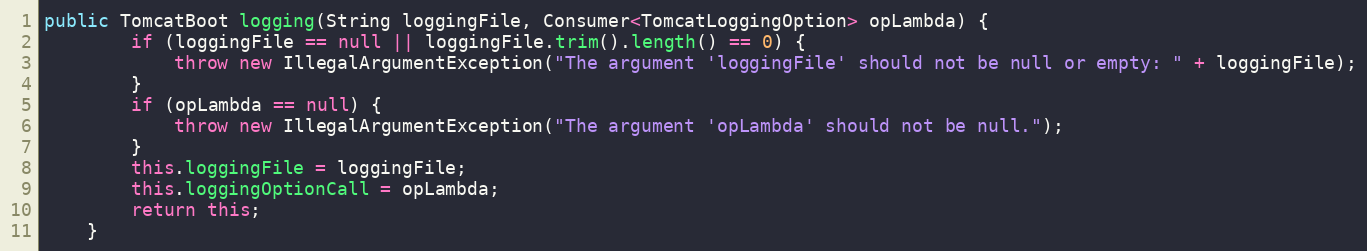
Language: Java
public TomcatBoot logging(String loggingFile, Consumer<TomcatLoggingOption> opLambda) {
        if (loggingFile == null || loggingFile.trim().length() == 0) {
            throw new IllegalArgumentException("The argument 'loggingFile' should not be null or empty: " + loggingFile);
        }
        if (opLambda == null) {
            throw new IllegalArgumentException("The argument 'opLambda' should not be null.");
        }
        this.loggingFile = loggingFile;
        this.loggingOptionCall = opLambda;
        return this;
    }